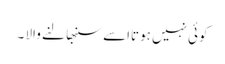
کوئی نہیں ہوتااسے سنبھا لنے والا ۔